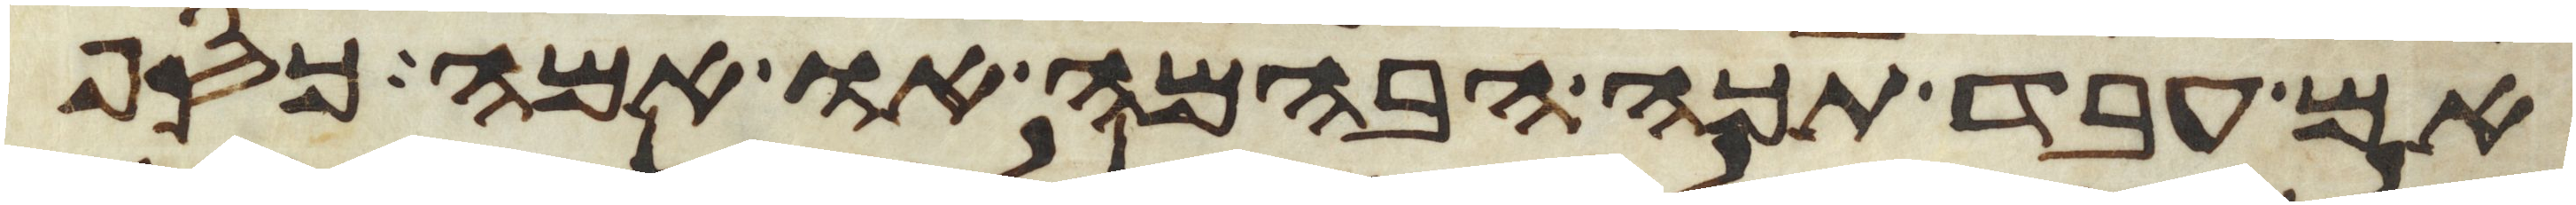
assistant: אם עבד תכה הבהמה או אמה כסף